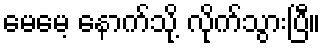
မေမေ့ နောက်သို့ လိုက်သွားပြီ။